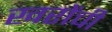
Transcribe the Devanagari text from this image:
खरोंची